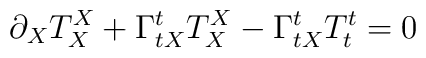
\partial_{X}T^{X}_{X}+\Gamma^{t}_{tX}T^{X}_{X}-\Gamma ^{t}_{tX}T^{t}_{t}=0